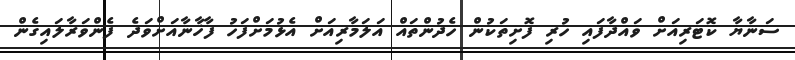
ސަނާޔާ ކޮޓަރިއަށް ވައްދާފައި ހުރި ފޮށިތަކުން ހެދުންތައް އަލަމާރިއަށް އެޅުމަށްފަހު ފާޚާނާއަށްވަދެ ފެންވަރާލައިގެން